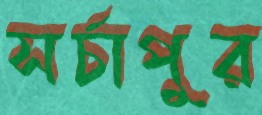
সর্চাপুর